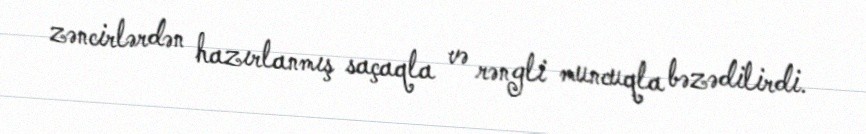
zəncirlərdən hazırlanmış saçaqla və rəngli muncuqla bəzədilirdi.